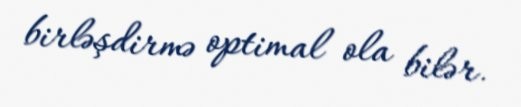
birləşdirmə optimal ola bilər.